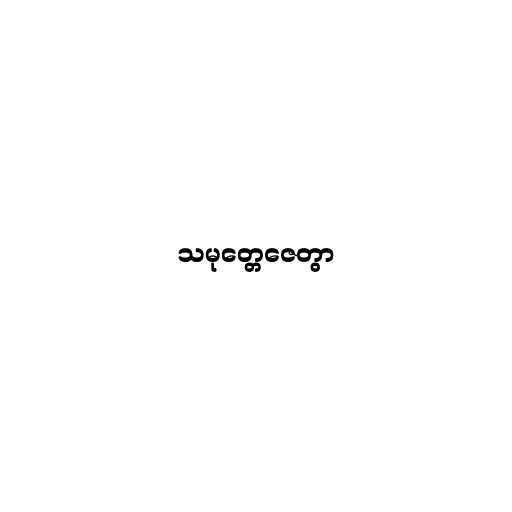
သမုတ္တေဇေတွာ